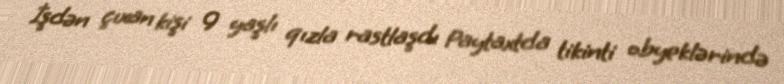
İşdən çıxan kişi 9 yaşlı qızla rastlaşdı Paytaxtda tikinti obyeklərində